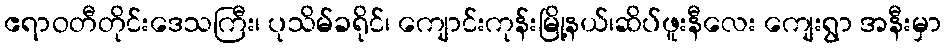
ဧရာဝတီတိုင်းဒေသကြီး၊ ပုသိမ်ခရိုင်၊ ကျောင်းကုန်းမြို့နယ်၊ဆိပ်ဖူးနီလေး ကျေးရွာ အနီးမှာ